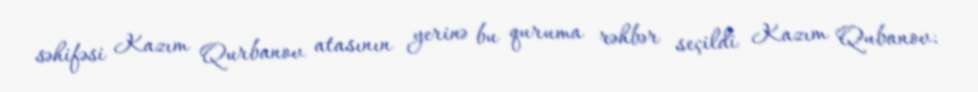
səhifəsi Kazım Qurbanov atasının yerinə bu quruma rəhbər seçildi Kazım Qubanov: